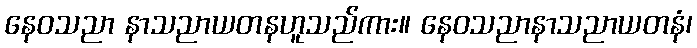
နေဝသညာ နာသညာယတနဟူသည်ကား။ နေဝသညာနာသညာယတနံ၊